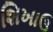
શિખાઉ